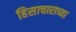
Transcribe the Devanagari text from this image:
हिसाचाराच्या